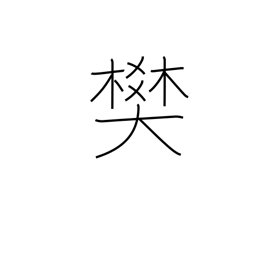
Meaning: pen